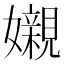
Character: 𡤅